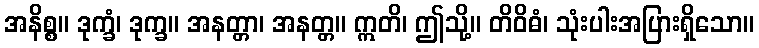
အနိစ္စ။ ဒုက္ခံ၊ ဒုက္ခ။ အနတ္တာ၊ အနတ္တ။ ဣတိ၊ ဤသို့။ တိဝိဓံ၊ သုံးပါးအပြားရှိသော။